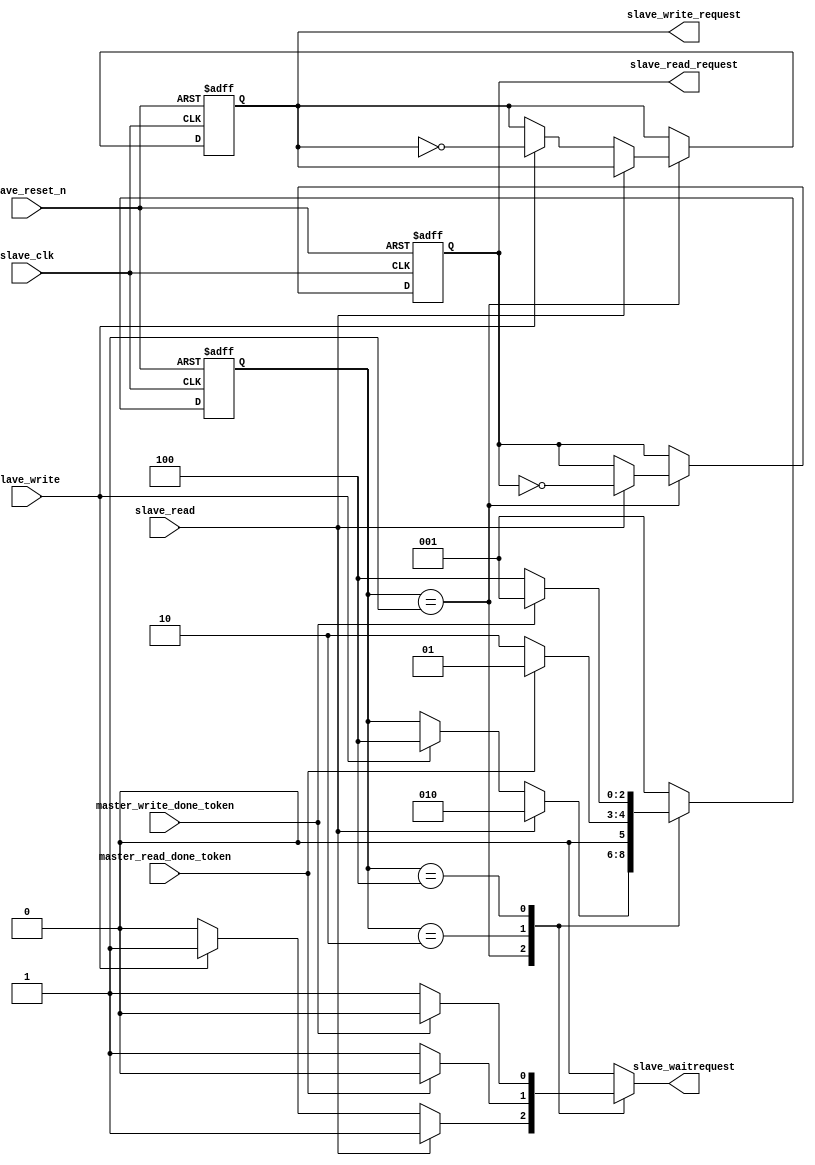
module clock_1_slave_FSM (
                            master_read_done_token,
                            master_write_done_token,
                            slave_clk,
                            slave_read,
                            slave_reset_n,
                            slave_write,
                            slave_read_request,
                            slave_waitrequest,
                            slave_write_request
                         )
;
  output           slave_read_request;
  output           slave_waitrequest;
  output           slave_write_request;
  input            master_read_done_token;
  input            master_write_done_token;
  input            slave_clk;
  input            slave_read;
  input            slave_reset_n;
  input            slave_write;
  reg              next_slave_read_request;
  reg     [  2: 0] next_slave_state;
  reg              next_slave_write_request;
  reg              slave_read_request;
  reg     [  2: 0] slave_state;
  reg              slave_waitrequest;
  reg              slave_write_request;
  always @(posedge slave_clk or negedge slave_reset_n)
    begin
      if (slave_reset_n == 0)
          slave_read_request <= 0;
      else if (1)
          slave_read_request <= next_slave_read_request;
    end
  always @(posedge slave_clk or negedge slave_reset_n)
    begin
      if (slave_reset_n == 0)
          slave_write_request <= 0;
      else if (1)
          slave_write_request <= next_slave_write_request;
    end
  always @(posedge slave_clk or negedge slave_reset_n)
    begin
      if (slave_reset_n == 0)
          slave_state <= 3'b001;
      else if (1)
          slave_state <= next_slave_state;
    end
  always @(master_read_done_token or master_write_done_token or slave_read or slave_read_request or slave_state or slave_write or slave_write_request)
    begin
      case (slave_state) 
          3'b001: begin
              if (slave_read)
                begin
                  next_slave_state <= 3'b010;
                  slave_waitrequest <= 1;
                  next_slave_read_request <= !slave_read_request;
                  next_slave_write_request <= slave_write_request;
                end
              else if (slave_write)
                begin
                  next_slave_state <= 3'b100;
                  slave_waitrequest <= 1;
                  next_slave_read_request <= slave_read_request;
                  next_slave_write_request <= !slave_write_request;
                end
              else 
                begin
                  next_slave_state <= slave_state;
                  slave_waitrequest <= 0;
                  next_slave_read_request <= slave_read_request;
                  next_slave_write_request <= slave_write_request;
                end
          end 
          3'b010: begin
              if (master_read_done_token)
                begin
                  next_slave_state <= 3'b001;
                  slave_waitrequest <= 0;
                end
              else 
                begin
                  next_slave_state <= 3'b010;
                  slave_waitrequest <= 1;
                end
              next_slave_read_request <= slave_read_request;
              next_slave_write_request <= slave_write_request;
          end 
          3'b100: begin
              if (master_write_done_token)
                begin
                  next_slave_state <= 3'b001;
                  slave_waitrequest <= 0;
                end
              else 
                begin
                  next_slave_state <= 3'b100;
                  slave_waitrequest <= 1;
                end
              next_slave_read_request <= slave_read_request;
              next_slave_write_request <= slave_write_request;
          end 
          default: begin
              next_slave_state <= 3'b001;
              slave_waitrequest <= 0;
              next_slave_read_request <= slave_read_request;
              next_slave_write_request <= slave_write_request;
          end 
      endcase 
    end
endmodule